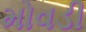
મોવડી